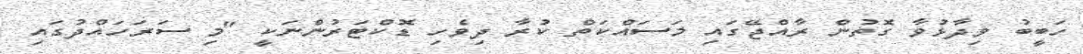
ހަބީބު ވިދާޅުވާ ގޮތުން ރާއްޖޭގައި މަސައްކަތް ކުރާ ދިވެހި ޑޮކްޓަރުންނަކީ "މި ސަރަހައްދުގައި